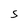
Character: S